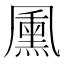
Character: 𭂺